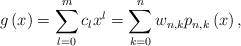
LaTeX: \begin{align*}g\left( x\right)=\sum_{l=0}^{m}c_{l}x^{l}=\sum_{k=0}^{n}w_{n,k}p_{n,k}\left( x\right),\end{align*}